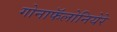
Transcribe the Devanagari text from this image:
गोनाफॅलोनियेरे